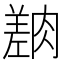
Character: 𦟎